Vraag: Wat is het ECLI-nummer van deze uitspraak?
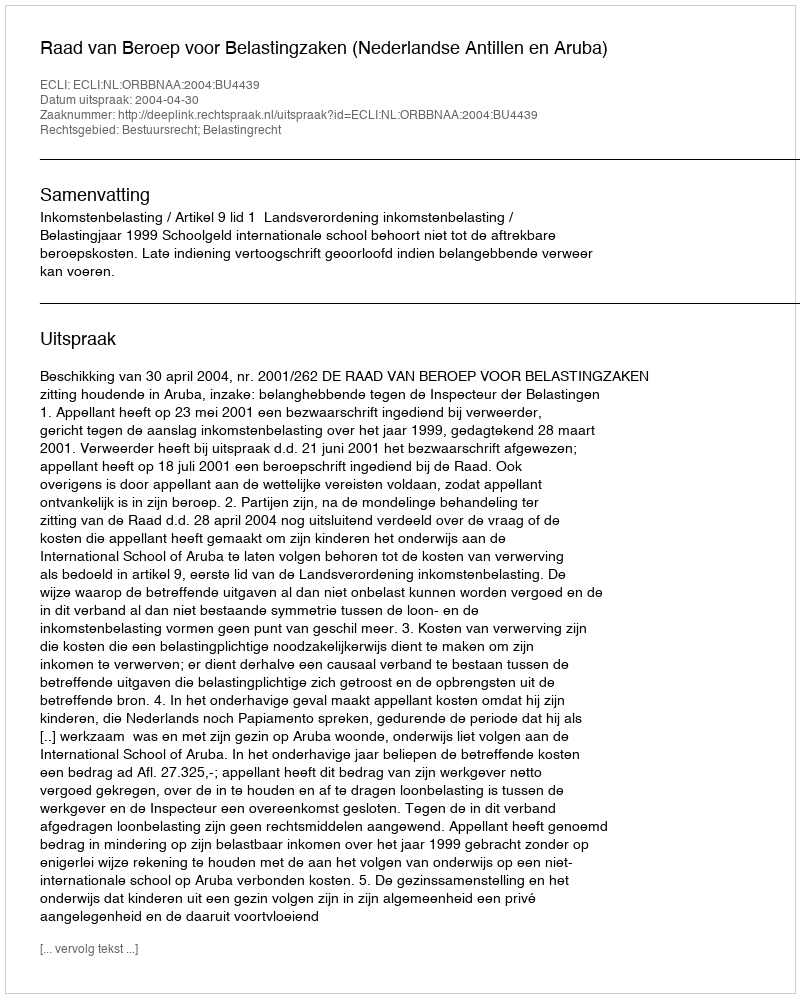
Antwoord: ECLI:NL:ORBBNAA:2004:BU4439